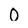
Character: O